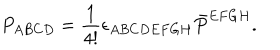
P _ { A B C D } = \frac { 1 } { 4 ! } \epsilon _ { A B C D E F G H } \bar { P } ^ { E F G H } .